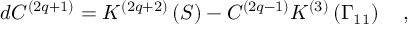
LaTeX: d C ^ { \left( 2 q + 1 \right) } = K ^ { \left( 2 q + 2 \right) } \left( S \right) - C ^ { \left( 2 q - 1 \right) } K ^ { \left( 3 \right) } \left( \Gamma _ { 1 1 } \right) \quad ,